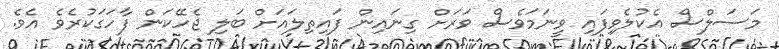
މަސަލްސް އެކުލެވިފައި ވީނަމަވެސް ވަރަށް ގިނައިން ފައިތިލައަށް ބަލި ޖެހޭކަން ފާހަގަކުރެވެ އެވެ.